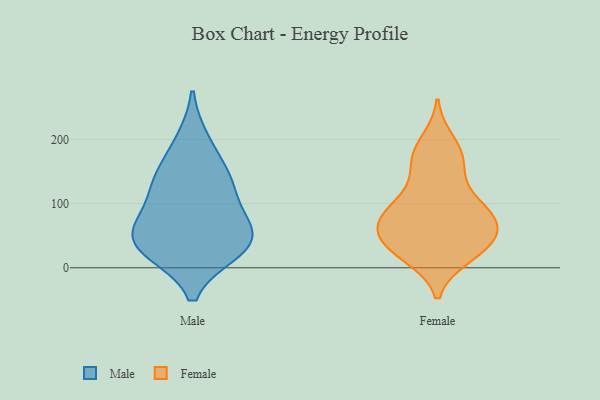
{"axis": {"x": "Gross Profit (USD K)", "y": "Value"}, "legend": ["Female", "Male"], "data": [{"x": "", "y": 75, "type": "Male"}, {"x": "", "y": 139, "type": "Male"}, {"x": "", "y": 27, "type": "Male"}, {"x": "", "y": 62, "type": "Male"}, {"x": "", "y": 118, "type": "Male"}, {"x": "", "y": 33, "type": "Male"}, {"x": "", "y": 197, "type": "Male"}, {"x": "", "y": 142, "type": "Male"}, {"x": "", "y": 31, "type": "Male"}, {"x": "", "y": 50, "type": "Male"}, {"x": "", "y": 30, "type": "Female"}, {"x": "", "y": 19, "type": "Female"}, {"x": "", "y": 81, "type": "Female"}, {"x": "", "y": 72, "type": "Female"}, {"x": "", "y": 176, "type": "Female"}, {"x": "", "y": 32, "type": "Female"}, {"x": "", "y": 48, "type": "Female"}, {"x": "", "y": 123, "type": "Female"}, {"x": "", "y": 71, "type": "Female"}, {"x": "", "y": 40, "type": "Female"}, {"x": "", "y": 94, "type": "Female"}, {"x": "", "y": 77, "type": "Female"}, {"x": "", "y": 168, "type": "Female"}, {"x": "", "y": 98, "type": "Female"}, {"x": "", "y": 24, "type": "Female"}, {"x": "", "y": 162, "type": "Female"}, {"x": "", "y": 66, "type": "Female"}, {"x": "", "y": 196, "type": "Female"}]}